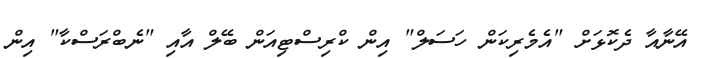
އޭނާއާ ދެކޮޅަށް "އެމެރިކަން ހަސަލް" އިން ކްރިސްޓިއަން ބޭލް އާއި "ނެބްރަސްކާ" އިން